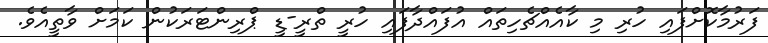
ފަރުމާކޮށްފައި ހުރި މި ކާއެއްޗެހިތައް އުފައްދާފައި ހުރީ ތްރީ-ޑީ ޕްރިންޓަރަކުން ކަމަށް ވާތީއެވެ.